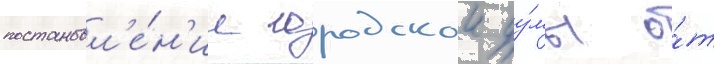
постановл'е́н'ие городскои ду́мы о́т